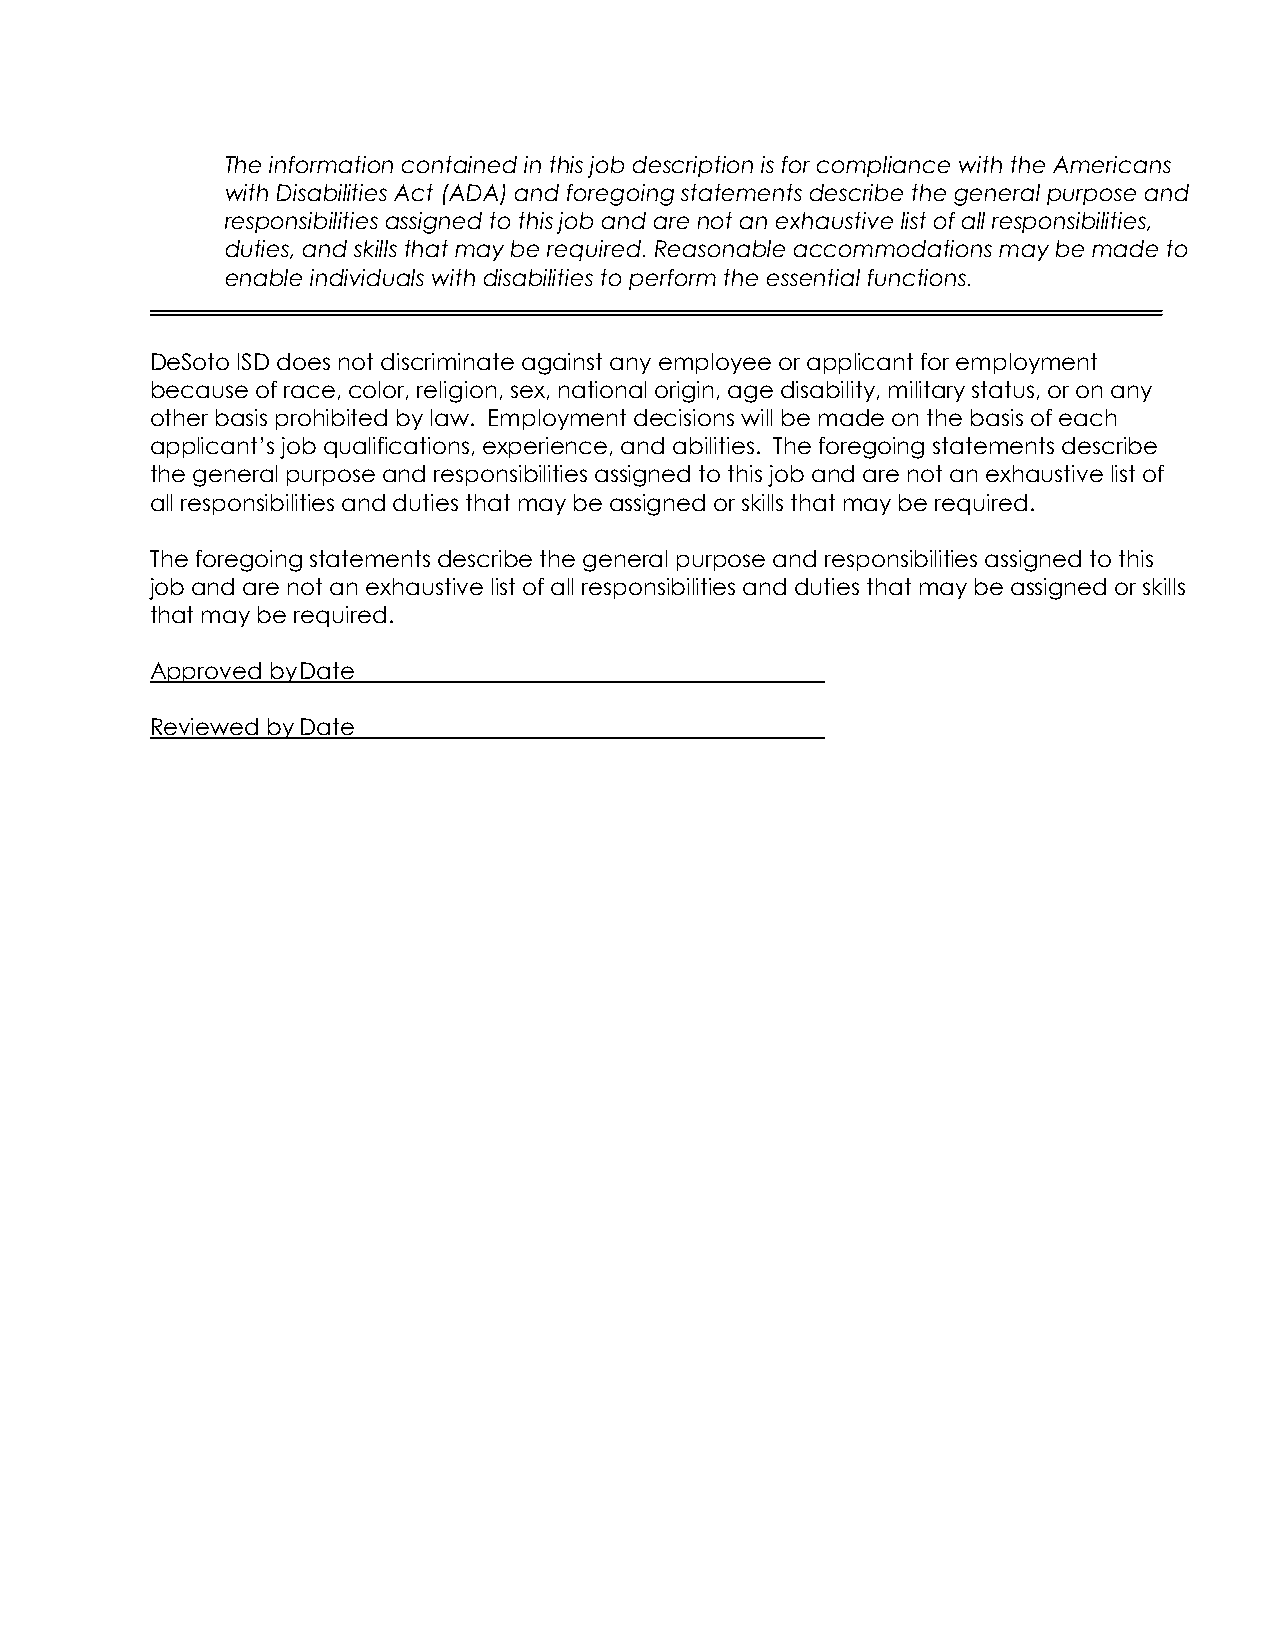
The information contained in this job description is for compliance with the Americans
 with Disabilities Act (ADA) and foregoing statements describe the general purpose and
 responsibilities assigned to this job and are not an exhaustive list of all responsibilities,
 duties, and skills that may be required. Reasonable accommodations may be made to
 enable individuals with disabilities to perform the essential functions.
 DeSoto ISD does not discriminate against any employee or applicant for employment
 because of race, color, religion, sex, national origin, age disability, military status, or on any
 other basis prohibited by law. Employment decisions will be made on the basis of each
 applicant’s job qualifications, experience, and abilities. The foregoing statements describe
 the general purpose and responsibilities assigned to this job and are not an exhaustive list of
 all responsibilities and duties that may be assigned or skills that may be required.
 The foregoing statements describe the general purpose and responsibilities assigned to this
 job and are not an exhaustive list of all responsibilities and duties that may be assigned or skills
 that may be required.
 Approved by Date
 Reviewed by Date